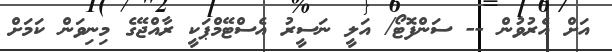
އަށް އެރުވުން -- ސަންފޮޓޯ/ އަލީ ނަސީރު އެސްޓޭމްޕަކީ ރާއްޖޭގެ މިނިވަން ކަމަށް